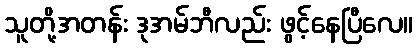
သူတို့အတန်း ဒုအမ်ဘီလည်း ဖွင့်နေပြီလေ။